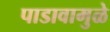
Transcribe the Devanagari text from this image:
पाडावामुळे